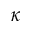
\kappa